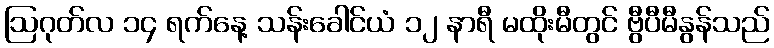
ဩဂုတ်လ ၁၄ ရက်နေ့ သန်းခေါင်ယံ ၁၂ နာရီ မထိုးမီတွင် ဗွီပီမီနွန်သည်